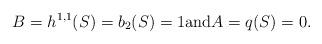
LaTeX: \begin{align*} B=h^{1,1}(S)=b_2(S)=1{\rm and}A=q(S)=0. \end{align*}